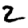
Digit: 2